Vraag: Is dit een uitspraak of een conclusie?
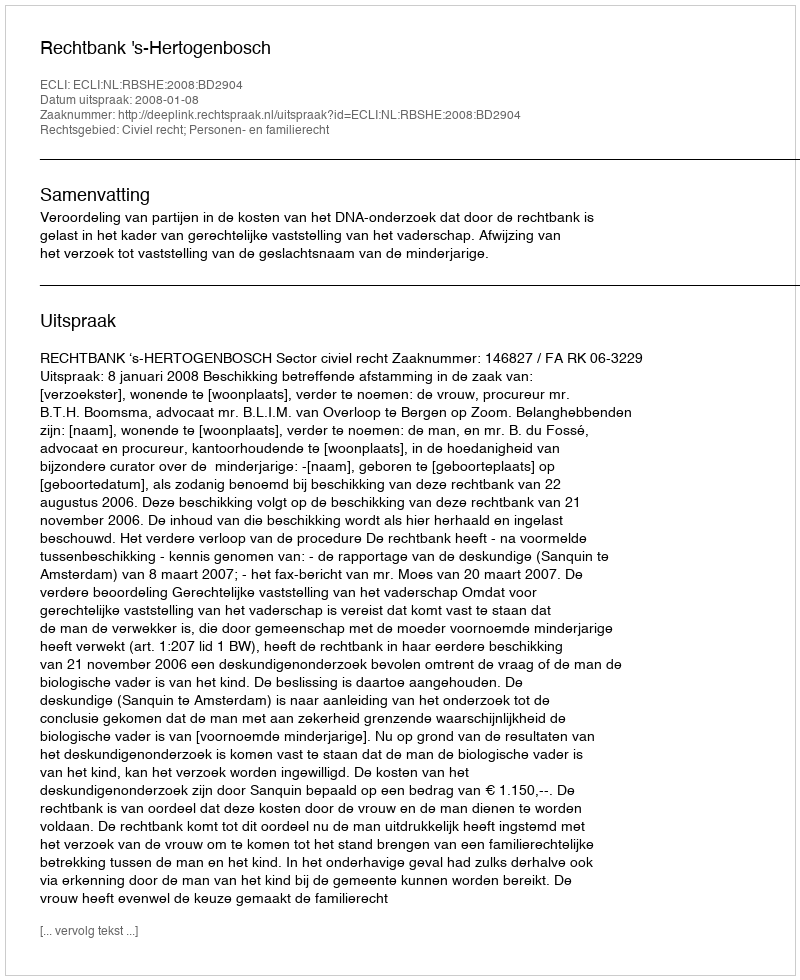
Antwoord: Uitspraak